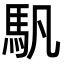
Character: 䭵